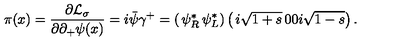
\pi ( x ) = { \frac { \partial { \cal L } _ { \sigma } } { \partial \partial _ { + } \psi ( x ) } } = i \bar { \psi } \gamma ^ { + } = \left( \begin{matrix} { \psi _ { R } ^ { * } } & { \psi _ { L } ^ { * } } \\ \end{matrix} \right) \left( \begin{matrix} { i \sqrt { 1 + s } } & { 0 } \\ { 0 } & { i \sqrt { 1 - s } } \\ \end{matrix} \right) .